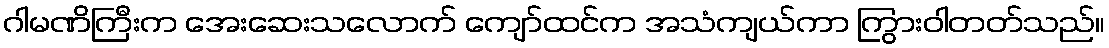
ဂါမဏိကြီးက အေးဆေးသလောက် ကျော်ထင်က အသံကျယ်ကာ ကြွားဝါတတ်သည်။